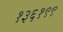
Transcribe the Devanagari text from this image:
१३६१९९